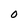
Character: 0